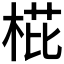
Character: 𣓋